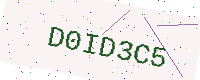
Text: D0ID3C5